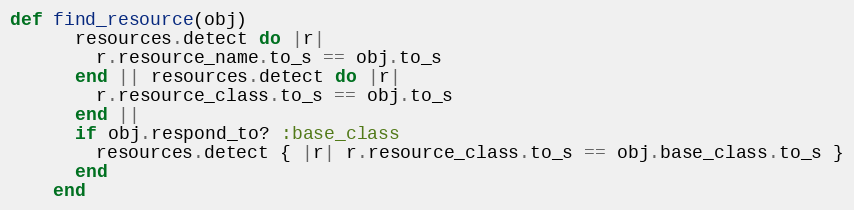
Language: Ruby
def find_resource(obj)
      resources.detect do |r|
        r.resource_name.to_s == obj.to_s
      end || resources.detect do |r|
        r.resource_class.to_s == obj.to_s
      end ||
      if obj.respond_to? :base_class
        resources.detect { |r| r.resource_class.to_s == obj.base_class.to_s }
      end
    end